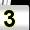
Digit: 3